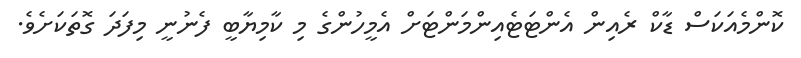
ކޮންމެއަކަސް ޑާކް ރެއިން އެންޓަޓެއިންމަންޓަށް އެމީހުންގެ މި ކާމިޔާބީ ފެނުނީ މިފަދަ ގޮތަކަށެވެ.